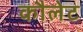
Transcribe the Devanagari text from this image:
कौलेट